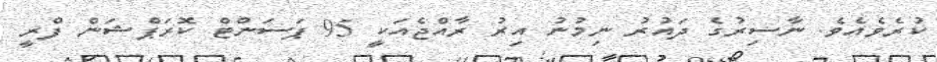
ކުރެވެއެވެ. ނާސިރުގެ ދައުރު ނިމުނު އިރު ރާއްޖެއަކީ 95 ޕަސަންޓް ކޮރަޕްޝަން ފްރީ